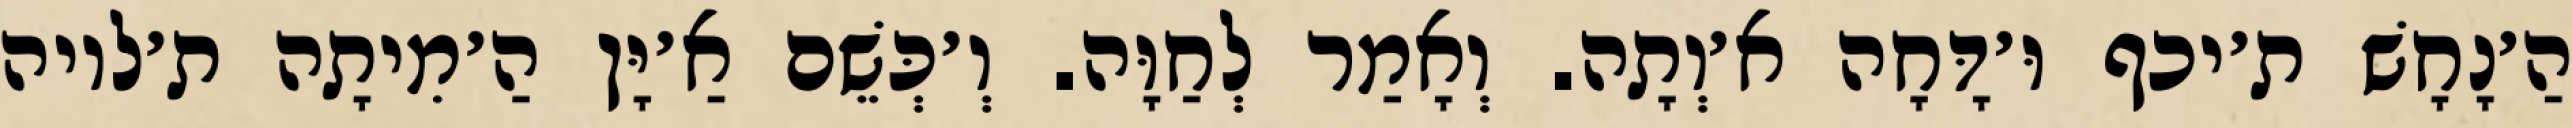
הַ׳נָחָשׁ ת׳יכף וּ׳דָּחָה א׳וְתָה. וְאָמַר לְחַוָּה. וְ׳כְּשֵׁם אַ׳יָּן הַ׳מִיתָה ת׳לויה